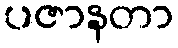
ပဇာနတာ